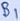
Text: B1